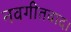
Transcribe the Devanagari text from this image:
नवगीतवाद।